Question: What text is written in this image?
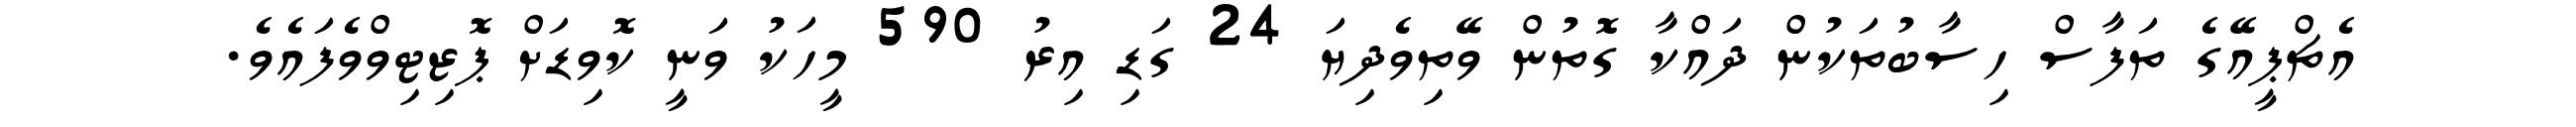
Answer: އެޗްޕީއޭގެ ތަފާސް ހިސާބުތަކުން ދައްކާ ގޮތުން ވޭތިވެދިޔަ 24 ގަޑި އިރު 590 މީހަކު ވަނީ ކޮވިޑަށް ޕޮޒިޓިވްވެފައެވެ.